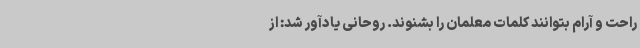
راحت و آرام بتوانند کلمات معلمان را بشنوند. روحانی یادآور شد: از